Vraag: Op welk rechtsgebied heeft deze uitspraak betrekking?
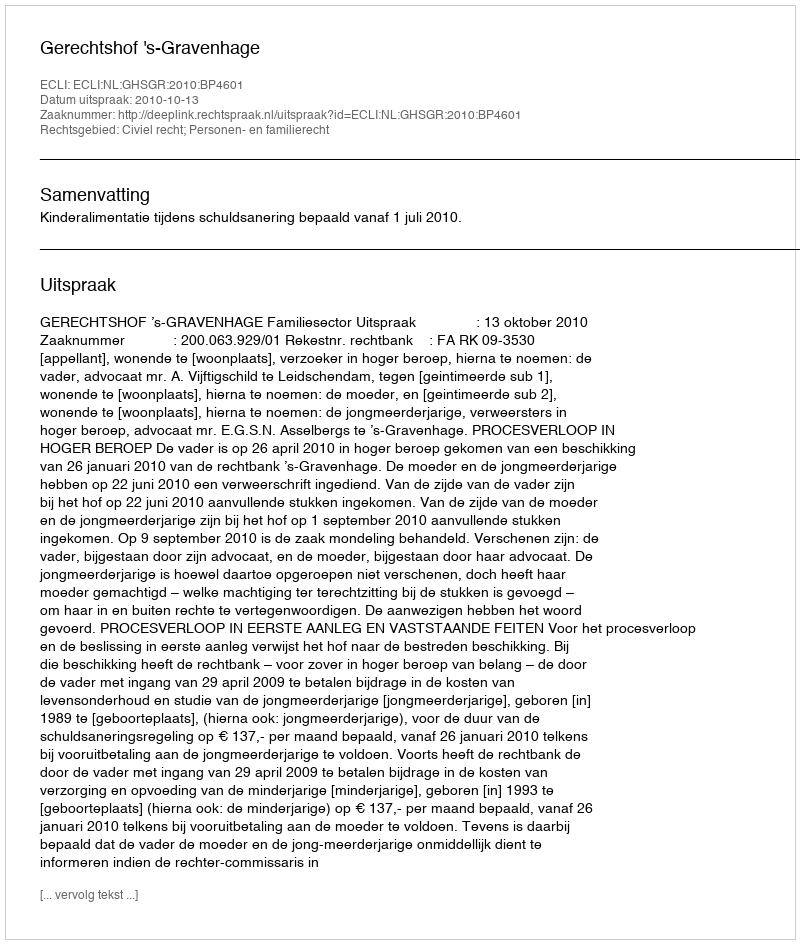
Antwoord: Civiel recht; Personen- en familierecht